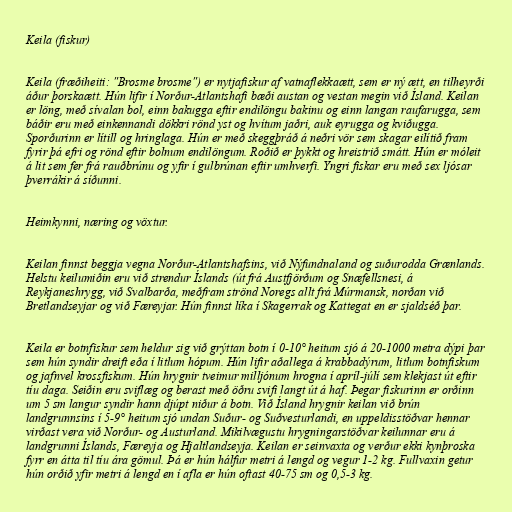
Keila (fiskur)

Keila (fræðiheiti: "Brosme brosme") er nytjafiskur af vatnaflekkaætt, sem er ný ætt, en tilheyrði
áður þorskaætt. Hún lifir í Norður-Atlantshafi bæði austan og vestan megin við Ísland. Keilan
er löng, með sívalan bol, einn bakugga eftir endilöngu bakinu og einn langan raufarugga, sem
báðir eru með einkennandi dökkri rönd yst og hvítum jaðri, auk eyrugga og kviðugga.
Sporðurinn er lítill og hringlaga. Hún er með skeggþráð á neðri vör sem skagar eilítið fram
fyrir þá efri og rönd eftir bolnum endilöngum. Roðið er þykkt og hreistrið smátt. Hún er móleit
á lit sem fer frá rauðbrúnu og yfir í gulbrúnan eftir umhverfi. Yngri fiskar eru með sex ljósar
þverrákir á síðunni.

Heimkynni, næring og vöxtur.

Keilan finnst beggja vegna Norður-Atlantshafsins, við Nýfundnaland og suðurodda Grænlands.
Helstu keilumiðin eru við strendur Íslands (út frá Austfjörðum og Snæfellsnesi, á
Reykjaneshrygg, við Svalbarða, meðfram strönd Noregs allt frá Múrmansk, norðan við
Bretlandseyjar og við Færeyjar. Hún finnst líka í Skagerrak og Kattegat en er sjaldséð þar.

Keila er botnfiskur sem heldur sig við grýttan botn í 0-10° heitum sjó á 20-1000 metra dýpi þar
sem hún syndir dreift eða í litlum hópum. Hún lifir aðallega á krabbadýrum, litlum botnfiskum
og jafnvel krossfiskum. Hún hrygnir tveimur milljónum hrogna í apríl-júlí sem klekjast út eftir
tíu daga. Seiðin eru sviflæg og berast með öðru svifi langt út á haf. Þegar fiskurinn er orðinn
um 5 sm langur syndir hann djúpt niður á botn. Við Ísland hrygnir keilan við brún
landgrunnsins í 5-9° heitum sjó undan Suður- og Suðvesturlandi, en uppeldisstöðvar hennar
virðast vera við Norður- og Austurland. Mikilvægustu hrygningarstöðvar keilunnar eru á
landgrunni Íslands, Færeyja og Hjaltlandseyja. Keilan er seinvaxta og verður ekki kynþroska
fyrr en átta til tíu ára gömul. Þá er hún hálfur metri á lengd og vegur 1-2 kg. Fullvaxin getur
hún orðið yfir metri á lengd en í afla er hún oftast 40-75 sm og 0,5-3 kg.